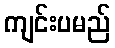
ကျင်းပမည်